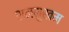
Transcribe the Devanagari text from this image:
शनमुखम